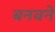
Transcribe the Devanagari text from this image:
बनवने